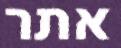
אתר